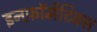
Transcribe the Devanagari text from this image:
इनफ़ॉर्मेटिक्स